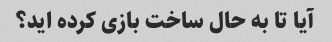
آیا تا به حال ساخت بازی کرده اید؟